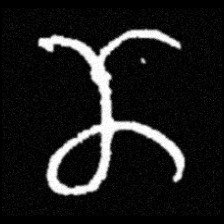
Pyu character \u2014 Myanmar letter: ဏ (romanized: nna)